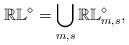
LaTeX: \begin{align*} \mathbb{RL}^\diamond=\bigcup_{m, s} \mathbb{RL}^\diamond_{m,s},\end{align*}